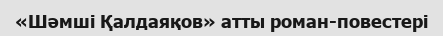
«Шәмші Қалдаяқов» атты роман-повестері